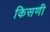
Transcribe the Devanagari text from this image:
किसणी